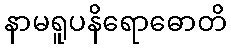
နာမရူပနိရောဓောတိ